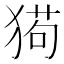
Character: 㺃